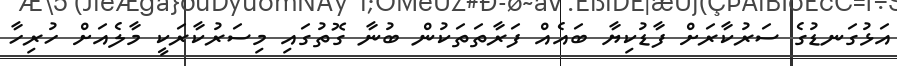
އަޅުގަނޑުގެ ސަރުކާރަށް ފާޑުކިޔާ ބައެއް ފަރާތަތަކުން ބުނާ ގޮތުގައި މިސަރުކާރަކީ މާލެއަށް ހުރިހާ